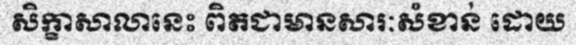
សិក្ខាសាលានេះ ពិតជាមានសារៈសំខាន់ ដោយ